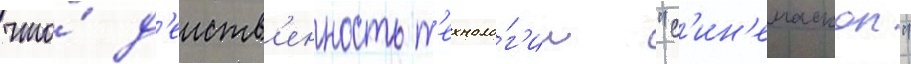
что́ д'еиств'енность т'ехноло́г'ии "с'ин'емаскоп"